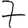
Digit: 7